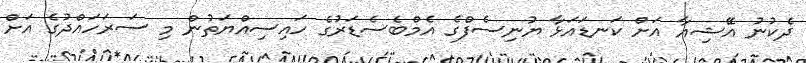
ދެކުނު އޭޝިއާ އަށް ކަނޑައަޅާ ޔުނިސެފްގެ އެމްބެސެޑަރުގެ ހައިސިއްޔަތުން މި ސަރަހައްދުގެ އަށް